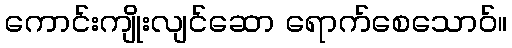
ကောင်းကျိုးလျင်ဆော ရောက်စေသောဝ်။